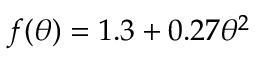
f ( \theta ) = 1 . 3 + 0 . 2 7 \theta ^ { 2 }